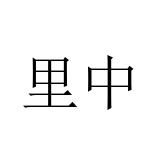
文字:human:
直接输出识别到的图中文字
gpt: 里中